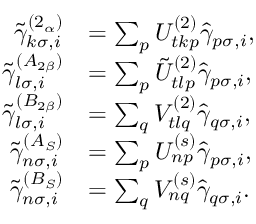
\begin{array} { r l } { \tilde { \gamma } _ { k \sigma , i } ^ { ( 2 _ { \alpha } ) } } & { = \sum _ { p } U _ { t k p } ^ { ( 2 ) } \hat { \gamma } _ { p \sigma , i } , } \\ { \tilde { \gamma } _ { l \sigma , i } ^ { ( A _ { 2 \beta } ) } } & { = \sum _ { p } \tilde { U } _ { t l p } ^ { ( 2 ) } \hat { \gamma } _ { p \sigma , i } , } \\ { \tilde { \gamma } _ { l \sigma , i } ^ { ( B _ { 2 \beta } ) } } & { = \sum _ { q } V _ { t l q } ^ { ( 2 ) } \hat { \gamma } _ { q \sigma , i } , } \\ { \tilde { \gamma } _ { n \sigma , i } ^ { ( A _ { S } ) } } & { = \sum _ { p } U _ { n p } ^ { ( s ) } \hat { \gamma } _ { p \sigma , i } , } \\ { \tilde { \gamma } _ { n \sigma , i } ^ { ( B _ { S } ) } } & { = \sum _ { q } V _ { n q } ^ { ( s ) } \hat { \gamma } _ { q \sigma , i } . } \end{array}